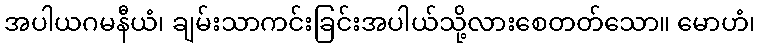
အပါယဂမနီယံ၊ ချမ်းသာကင်းခြင်းအပါယ်သို့လားစေတတ်သော။ မောဟံ၊